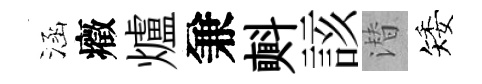
涵癥爐兼㪺該潜矮